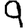
Digit: 9